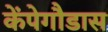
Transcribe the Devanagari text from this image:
केंपेगौडास